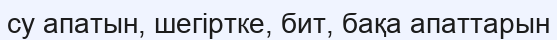
су апатын, шегіртке, бит, бақа апаттарын